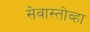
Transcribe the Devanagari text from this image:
सेवास्तोव्हा